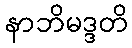
နာဘိမဒ္ဒတိ